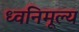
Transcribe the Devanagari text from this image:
ध्वनिमूल्य